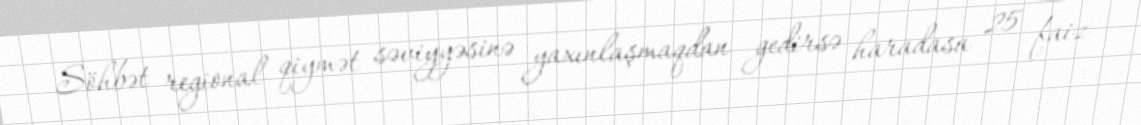
Söhbət regional qiymət səviyyəsinə yaxınlaşmaqdan gedirsə haradasa 25 faiz